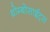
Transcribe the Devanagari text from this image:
थ्रोम्बोसाईट्स